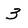
Character: 3